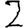
Digit: 2